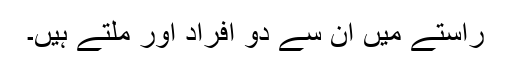
راستے میں ان سے دو افراد اور ملتے ہیں۔